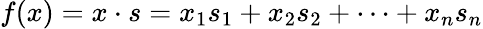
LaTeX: f(x)=x\cdot s=x_{1}s_{1}+x_{2}s_{2}+\cdots+x_{n}s_{n}